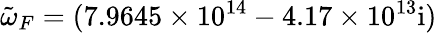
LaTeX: \tilde{\omega}_{F}=(7.9645\times 10^{14}-4.17\times 10^{13}\mathrm{{i})}